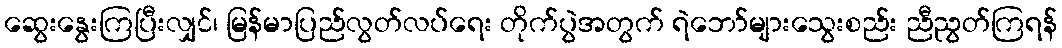
ဆွေးနွေးကြပြီးလျှင်၊ မြန်မာပြည်လွတ်လပ်ရေး တိုက်ပွဲအတွက် ရဲဘော်များသွေးစည်း ညီညွတ်ကြရန်